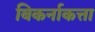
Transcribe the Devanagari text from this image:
बिकर्नाकत्ता